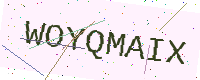
Text: WOYQMAIX